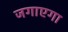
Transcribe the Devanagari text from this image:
जगाएगा